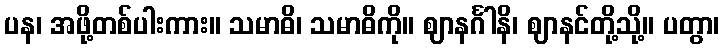
ပန၊ အဖို့တစ်ပါးကား။ သမာဓိ၊ သမာဓိကို။ ဈာနင်္ဂါနိ၊ ဈာနင်တို့သို့။ ပတွာ၊